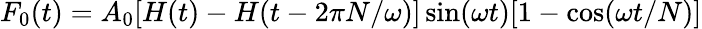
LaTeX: F_{0}(t)=A_{0}[H(t)-H(t-2\pi N/\omega)]\sin(\omega t)[1-\cos(\omega t/N)]